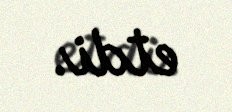
etdi.